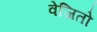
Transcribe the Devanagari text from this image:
वेजितो